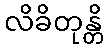
လိခိတုန္တိ